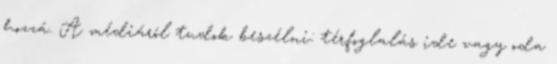
hozzá. A médiáról tudok beszélni: térfoglalás ide vagy oda